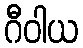
ဂီဝါယ